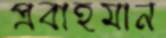
প্রবাহমান